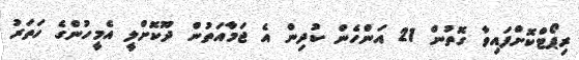
ރިޕޯޓްކޮށްފައިވާ ގޮތުން 21 އަންހެން ކުދިން އެ ޖަމާއަތުން ދޫކޮށްލީ އެމީހުންގެ ހަތަރު